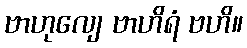
ဗာဟုလျေ ဗာဟိရံ ဗဟိ။